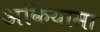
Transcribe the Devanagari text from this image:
अकियामा